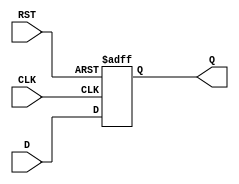
module DataRegister (
    input wire D,        // Data input
    input wire CLK,      // Clock input
    input wire RST,      // Asynchronous reset
    output reg Q         // Data output
);

// Always block triggered on the clock edge
always @(posedge CLK or posedge RST) begin
    if (RST) begin
        Q <= 1'b0;      // Set output to 0 on reset
    end else begin
        Q <= D;         // Update output with input data
    end
end

endmodule